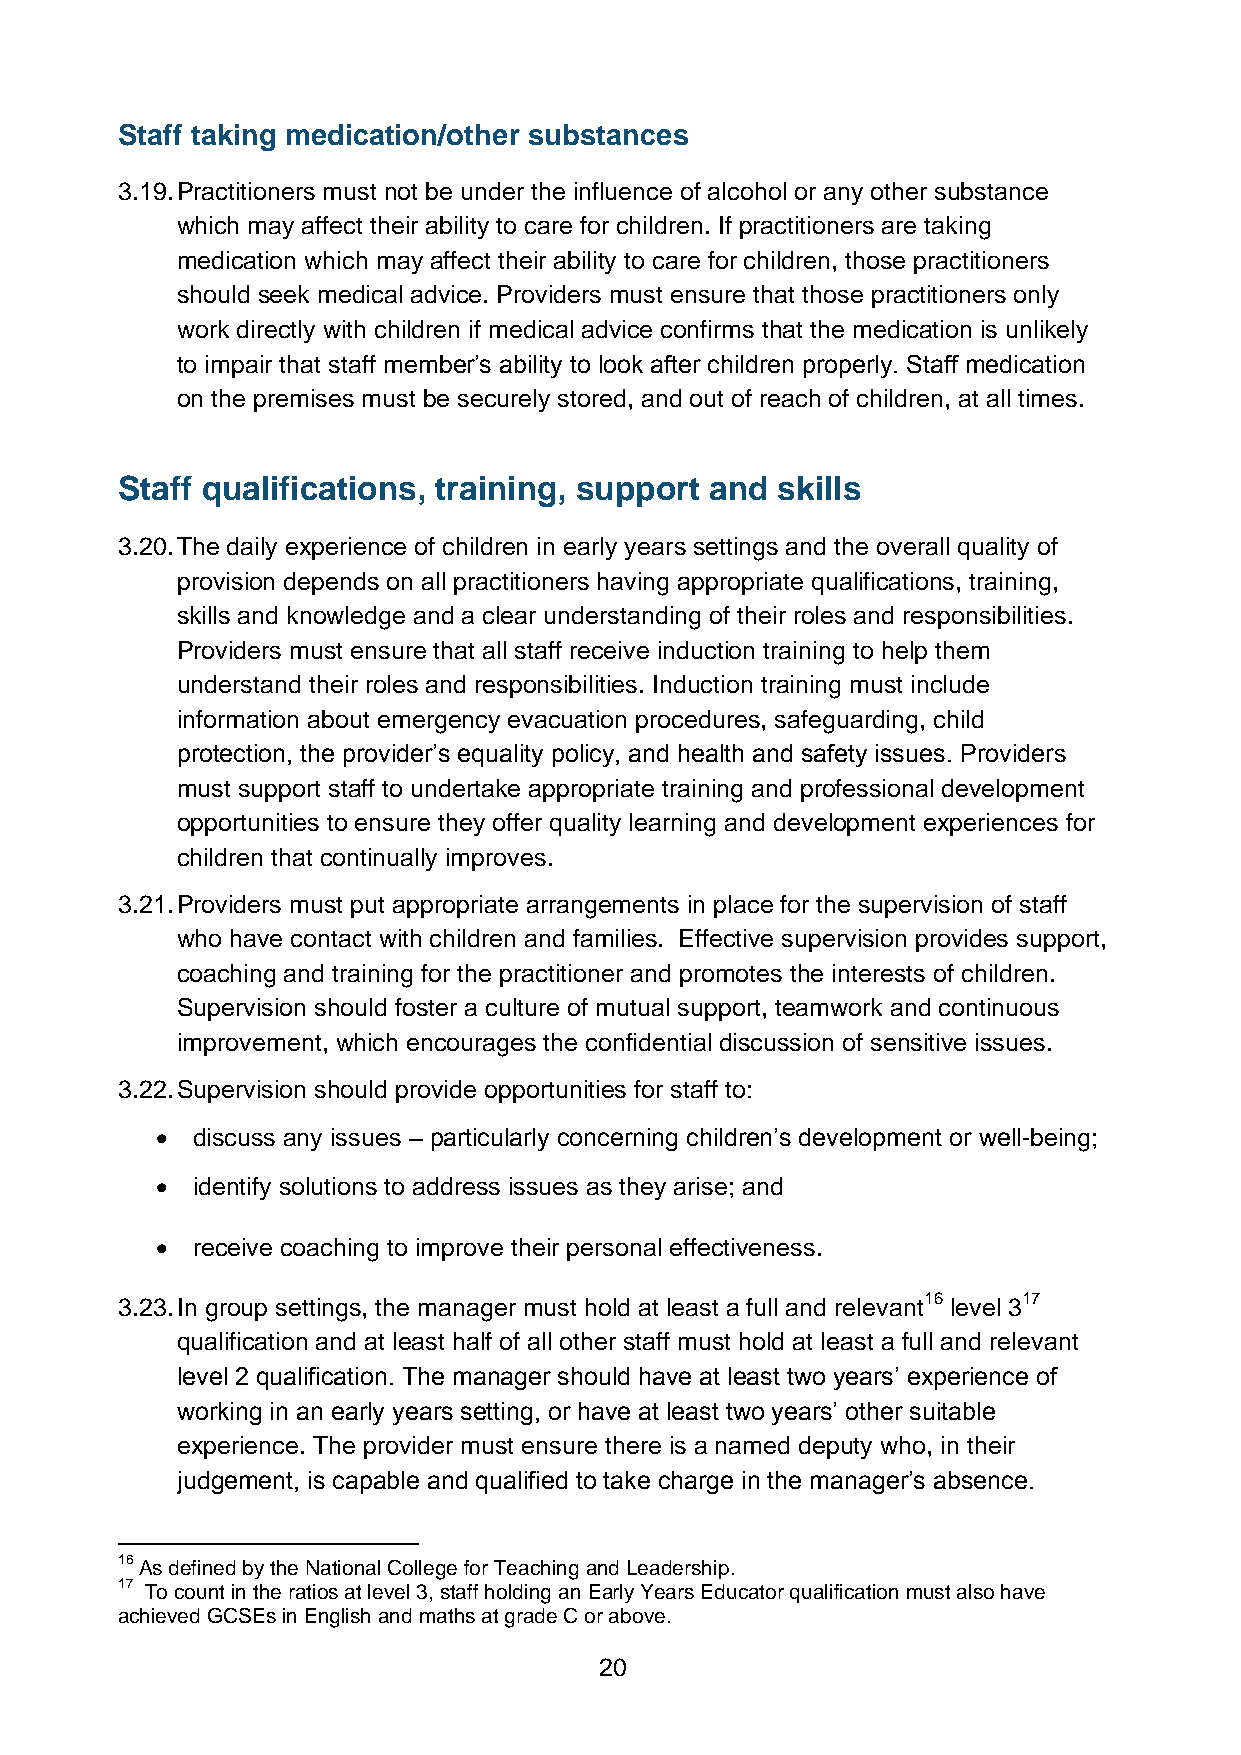
Staff taking medication/other substances
 3.19. Practitioners must not be under the influence of alcohol or any other substance
 which may affect their ability to care for children. If practitioners are taking
 medication which may affect their ability to care for children, those practitioners
 should seek medical advice. Providers must ensure that those practitioners only
 work directly with children if medical advice confirms that the medication is unlikely
 to impair that staff member’s ability to look after children properly. Staff medication
 on the premises must be securely stored, and out of reach of children, at all times.
 Staff qualifications, training, support and skills
 3.20. The daily experience of children in early years settings and the overall quality of
 provision depends on all practitioners having appropriate qualifications, training,
 skills and knowledge and a clear understanding of their roles and responsibilities.
 Providers must ensure that all staff receive induction training to help them
 understand their roles and responsibilities. Induction training must include
 information about emergency evacuation procedures, safeguarding, child
 protection, the provider’s equality policy, and health and safety issues. Providers
 must support staff to undertake appropriate training and professional development
 opportunities to ensure they offer quality learning and development experiences for
 children that continually improves.
 3.21. Providers must put appropriate arrangements in place for the supervision of staff
 who have contact with children and families. Effective supervision provides support,
 coaching and training for the practitioner and promotes the interests of children.
 Supervision should foster a culture of mutual support, teamwork and continuous
 improvement, which encourages the confidential discussion of sensitive issues.
 3.22. Supervision should provide opportunities for staff to:
   discuss any issues – particularly concerning children’s development or well-being;
   identify solutions to address issues as they arise; and
   receive coaching to improve their personal effectiveness.
 3.23. In group settings, the manager must hold at least a full and relevant16 level 317
 qualification and at least half of all other staff must hold at least a full and relevant
 level 2 qualification. The manager should have at least two years’ experience of
 working in an early years setting, or have at least two years’ other suitable
 experience. The provider must ensure there is a named deputy who, in their
 judgement, is capable and qualified to take charge in the manager’s absence.
 16 As defined by the National College for Teaching and Leadership.
 17 To count in the ratios at level 3, staff holding an Early Years Educator qualification must also have
 achieved GCSEs in English and maths at grade C or above.
 20